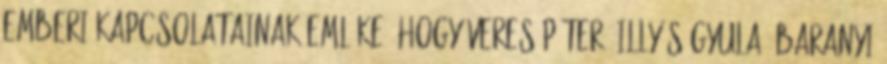
emberi kapcsolatainak emléke, hogy Veres Péter, Illyés Gyula, Baranyi